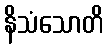
နိသံသောတိ